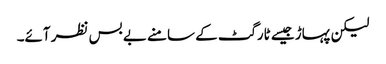
لیکن پہاڑ جیسے ٹارگٹ کے سامنے بے بس نظر آئے۔